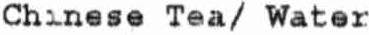
CHINESE TEA/ WATER